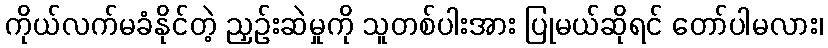
ကိုယ်လက်မခံနိုင်တဲ့ ညှဉ်းဆဲမှုကို သူတစ်ပါးအား ပြုမယ်ဆိုရင် တော်ပါမလား၊